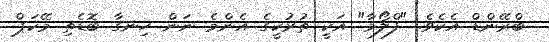
ބްރޭންޑް އެކެވެ. "ފްލޯމާ" އަކީ ތުރުކީގެ އެންމެ ނަން ހިނގާ ބޮޑެތި މޭކަޕް